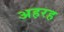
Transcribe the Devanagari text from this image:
अहरह